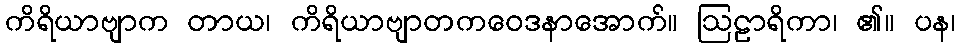
ကိရိယာဗျာက တာယ၊ ကိရိယာဗျာတကဝေဒနာအောက်။ ဩဠာရိကာ၊ ၏။ ပန၊